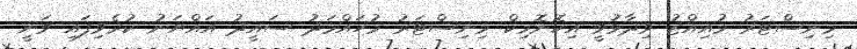
މިނިސްޓަރު މުއިއްޒު ވިދާޅުވީ އިކޮނޮމިކް މިނިސްޓަރު މުހައްމަދު ސައީދު އައްޔަނު ކުރެވިފައި ވަނީ